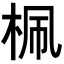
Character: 𣑲